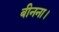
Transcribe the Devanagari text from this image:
बीनना।